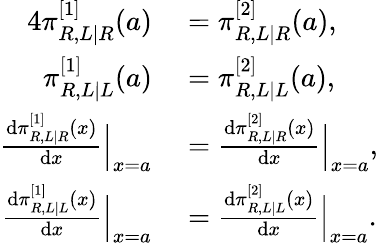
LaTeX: \begin{array}{rl}{{4}\pi_{R,L|R}^{[1]}(a)}&{{}=\pi_{R,L|R}^{[2]}(a),}\\ {\pi_{R,L|L}^{[1]}(a)}&{{}=\pi_{R,L|L}^{[2]}(a),}\\ {\frac{\mathrm{d}\pi_{R,L|R}^{[1]}(x)}{\mathrm{d}x}\Big|_{x=a}}&{{}=\frac{\mathrm{d}\pi_{R,L|R}^{[2]}(x)}{\mathrm{d}x}\Big|_{x=a},}\\ {\frac{\mathrm{d}\pi_{R,L|L}^{[1]}(x)}{\mathrm{d}x}\Big|_{x=a}}&{{}=\frac{\mathrm{d}\pi_{R,L|L}^{[2]}(x)}{\mathrm{d}x}\Big|_{x=a}.}\end{array}